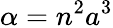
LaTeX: \alpha=n^{2}a^{3}